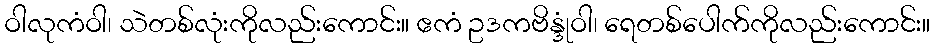
ဝါလုကံဝါ၊ သဲတစ်လုံးကိုလည်းကောင်း။ ဧကံ ဥဒကဗိန္ဒုံဝါ၊ ရေတစ်ပေါက်ကိုလည်းကောင်း။